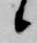
候